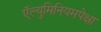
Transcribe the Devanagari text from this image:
ऍल्युमिनियमपेक्षा